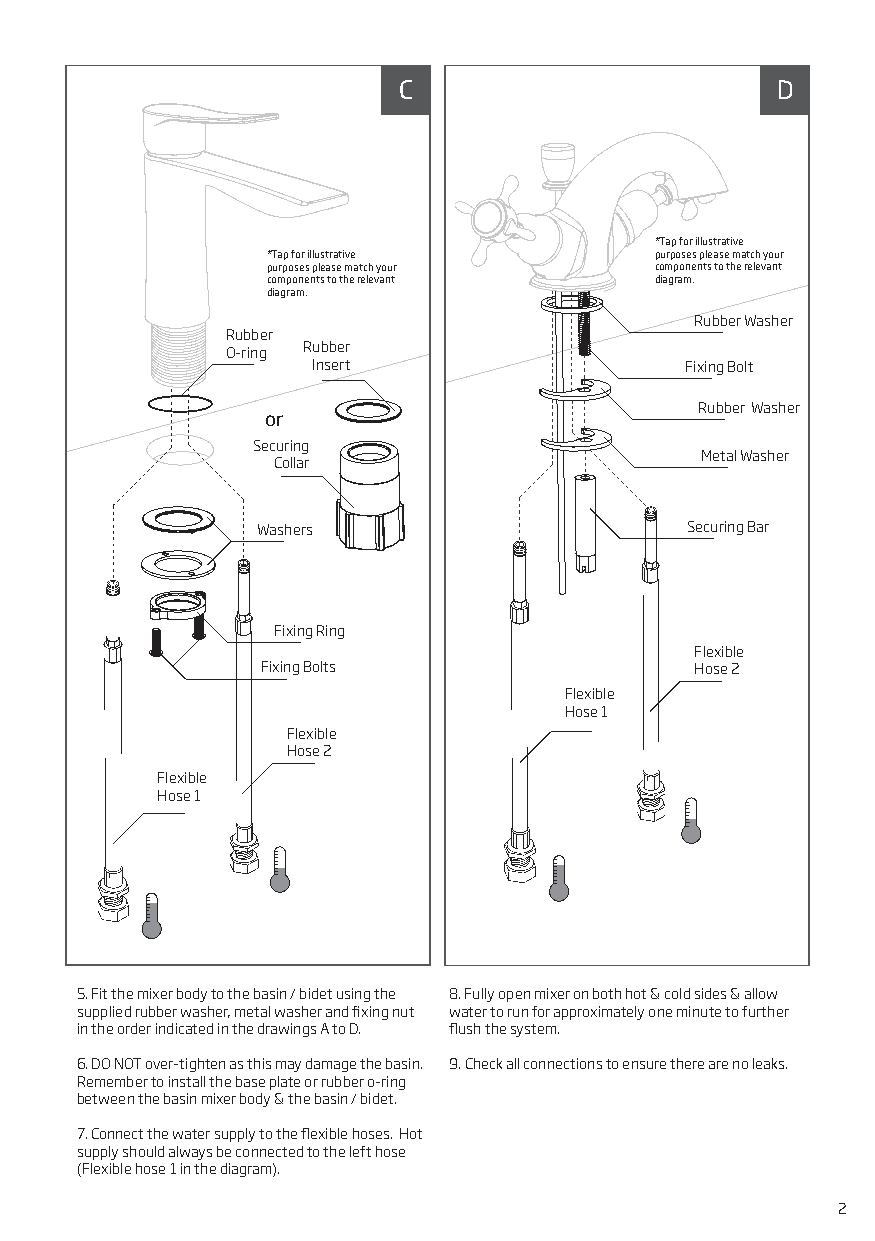
C                        D
 *Tap for illustrative
 *Tap for illustrative    purposes please match your
 purposes please match your components to the relevant
 components to the relevant diagram.
 diagram.
 Rubber Washer
 Rubber
 O-ring Rubber
 Insert                  Fixing Bolt
 Rubber Washer
 or
 Securing
 Metal Washer
 Collar
 Washers                     Securing Bar
 Fixing Ring
 Flexible
 Fixing Bolts                 Hose 2
 Flexible
 Hose 1
 Flexible
 Hose 2
 Flexible
 Hose 1
 5. Fit the mixer body to the basin / bidet using the 8. Fully open mixer on both hot & cold sides & allow
 supplied rubber washer, metal washer and fixing nut water to run for approximately one minute to further
 in the order indicated in the drawings A to D. flush the system.
 6. DO NOT over-tighten as this may damage the basin. 9. Check all connections to ensure there are no leaks.
 Remember to install the base plate or rubber o-ring
 between the basin mixer body & the basin / bidet.
 7. Connect the water supply to the flexible hoses. Hot
 supply should always be connected to the left hose
 (Flexible hose 1 in the diagram).
 2